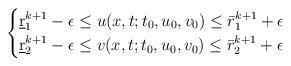
LaTeX: \begin{align*}\begin{cases}\underbar r_1^{k+1} -\epsilon \le u(x,t;t_0,u_0,v_0) \le \bar r_1^{k+1}+\epsilon\cr\underbar r_2^{k+1} -\epsilon \le v(x,t;t_0,u_0,v_0) \le \bar r_2^{k+1}+\epsilon\end{cases}\end{align*}